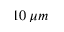
1 0 \, \mu m